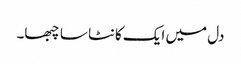
دل میں ایک کانٹا سا چبھا۔